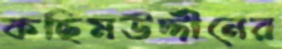
কছিমউদ্দীনের